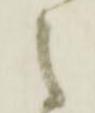
之